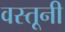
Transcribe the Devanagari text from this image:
वस्तूनी